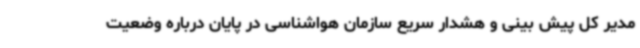
مدیر کل پیش بینی و هشدار سریع سازمان هواشناسی در پایان درباره وضعیت